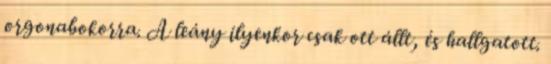
orgonabokorra. A leány ilyenkor csak ott állt, és hallgatott.